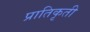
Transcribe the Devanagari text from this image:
प्रातिकृती